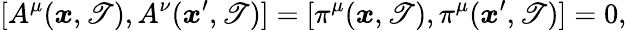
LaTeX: [A^{\mu}({\boldsymbol{x}},\mathscr{T}),A^{\nu}({\boldsymbol{x}}^{\prime},\mathscr{T})]=[\pi^{\mu}({\boldsymbol{x}},\mathscr{T}),\pi^{\mu}({\boldsymbol{x}}^{\prime},\mathscr{T})]=0,